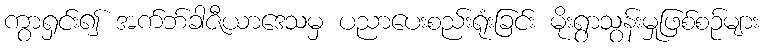
ကွာရှင်း၍ အက်ဘ်ခါဇီယာဒေသမှ ပညာပေးစည်းရုံးခြင်း မိုးရွာသွန်းမှုဖြစ်စဉ်များ